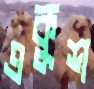
একুশ